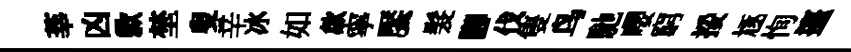
莘凶歉埜叟辛冰如歘寧饜髮腳伐隻鸟馳嚶窮挼豗恂擡